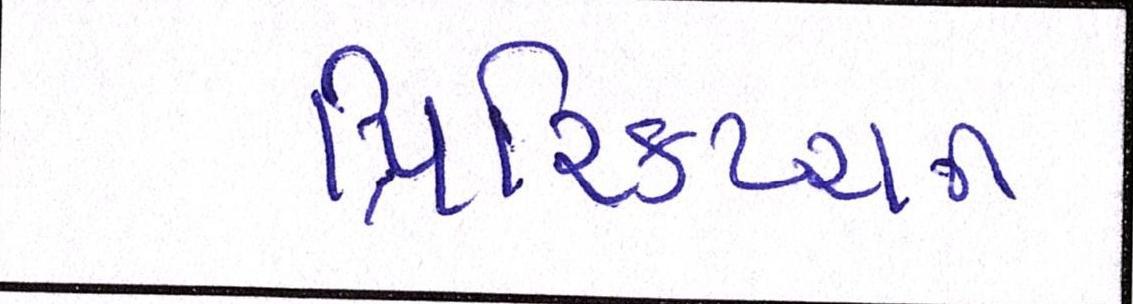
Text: પ્રિસ્ક્રિપ્શન